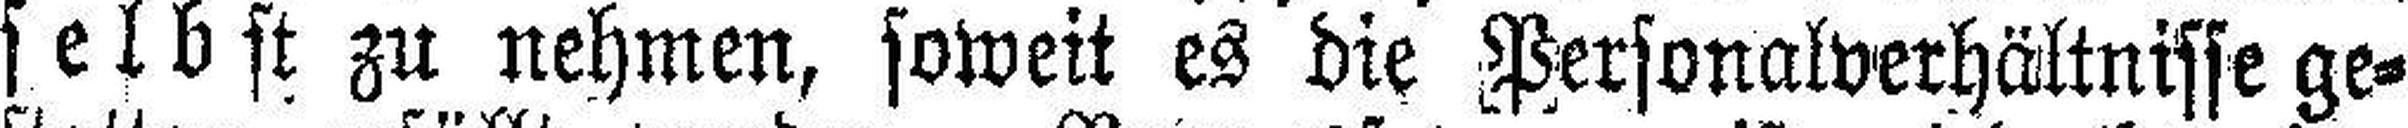
selbst zu nehmen, soweit es die Personalverhältnisse ge¬